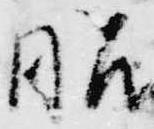
昭